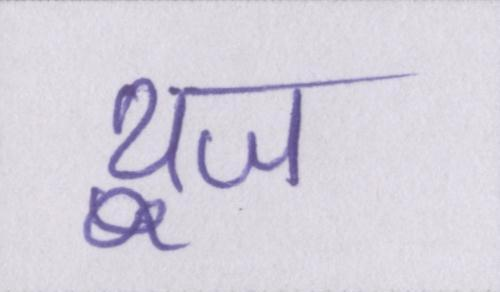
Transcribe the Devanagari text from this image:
यूज